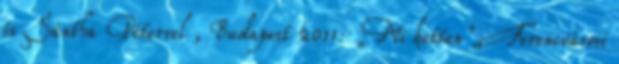
és Sántha Péterrel , Budapest 2011: „Mi ketten”, Ferencvárosi